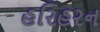
હરિહરન